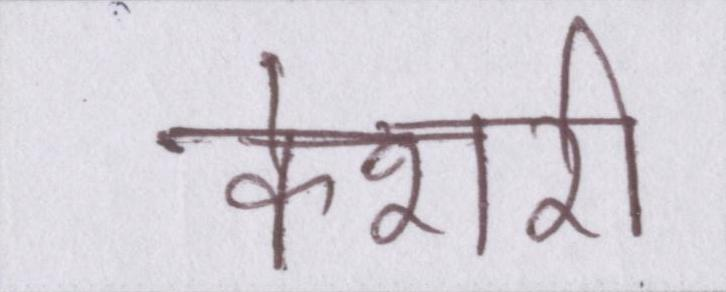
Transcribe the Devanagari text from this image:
केशरी